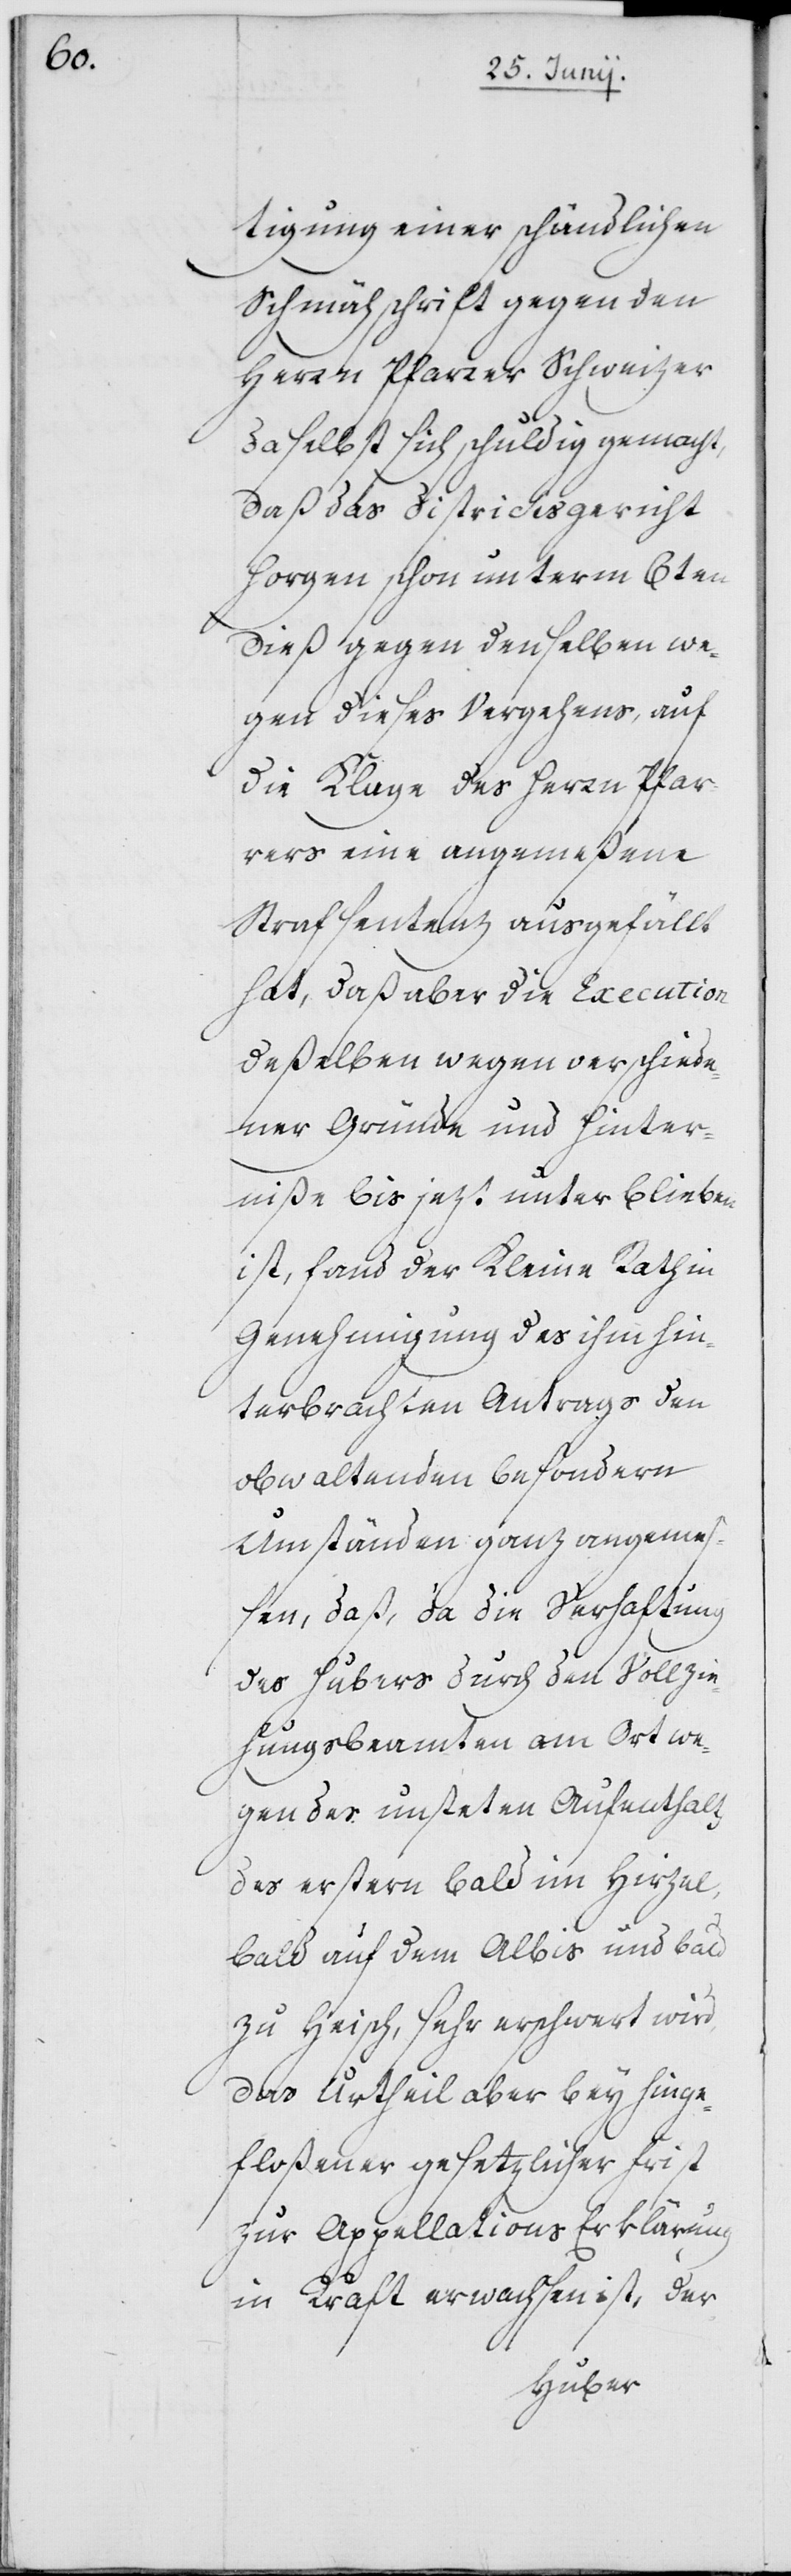
tigung einer schändlichen
Schmähschrift gegen den
Herrn Pfarrer Schweizer
daselbst sich schuldig gemacht,
daß das Districtsgericht
Horgen schon unterm 6ten
dieß gegen denselben we¬
gen dieses Vergehens, auf
die Klage des Herrn Pfar¬
rers eine angemeßene
Strafsentenz ausgefällt
hat, daß aber die Execution
deßelben wegen verschiede¬
ner Gründe und Hinter¬
niße bis jetzt unterblieben
ist, fand der Kleine Rath in
Genehmigung des ihm hin¬
terbrachten Antrags den
obwaltenden besondern
Umständen ganz angeme¬
ßen, daß, da die Verhaftung
des Hubers durch den Vollzie¬
hungsbeamten am Ort we¬
gen des unsteten Aufenthalts
des erstern bald im Hirzel,
bald auf dem Albis und bald
zu Heisch, sehr erschwert wird,
das Urtheil aber bey hinge¬
floßener gesetzlicher Frist
zur Appellations Erklärung
in Kraft erwachsen ist, der